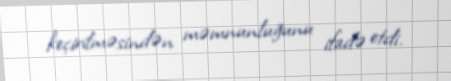
keçirilməsindən məmnunluğunu ifadə etdi.